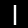
Digit: 1